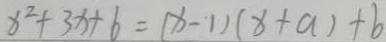
x ^ { 2 } + 3 x + 6 = ( x - 1 ) ( x + a ) + b